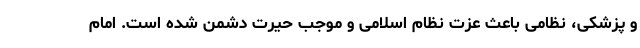
و پزشکی، نظامی باعث عزت نظام اسلامی و موجب حیرت دشمن شده است. امام